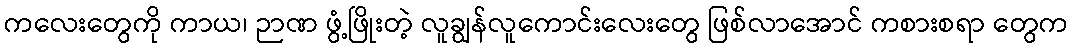
ကလေးတွေကို ကာယ၊ ဉာဏ ဖွံ့ဖြိုးတဲ့ လူချွန်လူကောင်းလေးတွေ ဖြစ်လာအောင် ကစားစရာ တွေက